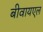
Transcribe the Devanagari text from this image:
बीवायएल